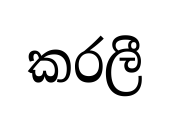
කරලී